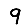
Digit: 9